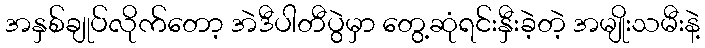
အနှစ်ချုပ်လိုက်တော့ အဲဒီပါတီပွဲမှာ တွေ့ဆုံရင်းနှီးခဲ့တဲ့ အမျိုးသမီးနဲ့